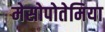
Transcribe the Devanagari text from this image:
मेसोपोतेमिया